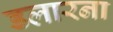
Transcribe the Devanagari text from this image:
डलारना